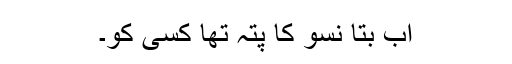
اب بتا نسو کا پتہ تھا کسی کو۔